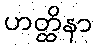
ဟတ္ထိနာ